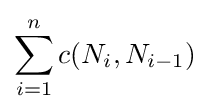
\sum _{i=1}^{n}c(N_{i},N_{i-1})